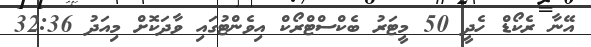
އޭނާ ރެކޯޑް ހެދީ 50 މީޓަރު ބެކްސްޓްރޯކް އިވެންޓުގައި ވާދަކޮށް މިއަދު 32:36